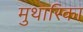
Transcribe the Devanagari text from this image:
मुथारिका